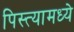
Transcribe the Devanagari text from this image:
पिस्त्यामध्ये